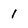
Character: 1